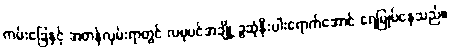
ကမ်းခြေနှင့် အတန်လှမ်းရာတွင် လမုပင်အချို့ ခွဆုံနီးပါးရောက်အောင် ရေမြုပ်နေသည်။